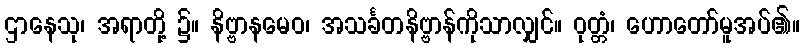
ဌာနေသု၊ အရာတို့ ၌။ နိဗ္ဗာနမေဝ၊ အသင်္ခတနိဗ္ဗာန်ကိုသာလျှင်။ ဝုတ္တံ၊ ဟောတော်မူအပ်၏။